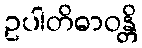
ဥပါတိဓာဝန္တိ